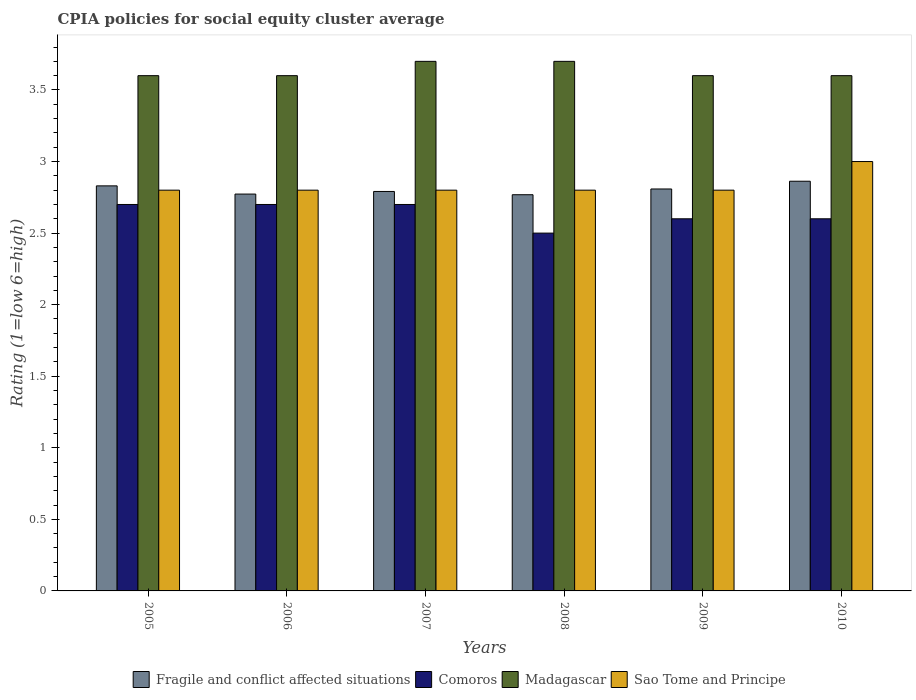
| Years | Fragile and conflict affected situations | Comoros | Madagascar | Sao Tome and Principe |
 | --- | --- | --- | --- | --- |
 | 2005 | 2.83 | 2.7 | 3.6 | 2.8 |
 | 2006 | 2.77 | 2.7 | 3.6 | 2.8 |
 | 2007 | 2.79 | 2.7 | 3.7 | 2.8 |
 | 2008 | 2.77 | 2.5 | 3.7 | 2.8 |
 | 2009 | 2.81 | 2.6 | 3.6 | 2.8 |
 | 2010 | 2.86 | 2.6 | 3.6 | 3 |